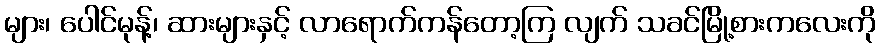
များ၊ ပေါင်မုန့်၊ ဆားများနှင့် လာရောက်ကန်တော့ကြ လျက် သခင်မြို့စားကလေးကို